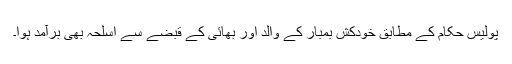
پولیس حکام کے مطابق خودکش بمبار کے والد اور بھائی کے قبضے سے اسلحہ بھی برآمد ہوا۔